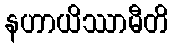
နဟာယိဿာမီတိ